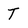
Character: T